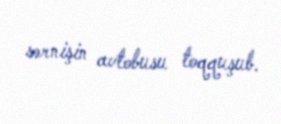
sərnişin avtobusu toqquşub.